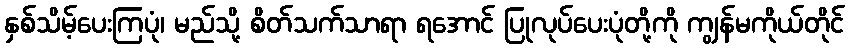
နှစ်သိမ့်ပေးကြပုံ၊ မည်သို့ စိတ်သက်သာရာ ရအောင် ပြုလုပ်ပေးပုံတို့ကို ကျွန်မကိုယ်တိုင်